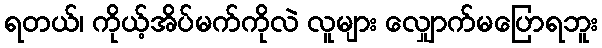
ရတယ်၊ ကိုယ့်အိပ်မက်ကိုလဲ လူများ လျှောက်မပြောရဘူး